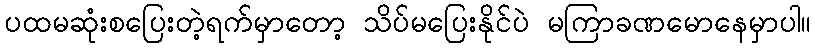
ပထမဆုံးစပြေးတဲ့ရက်မှာတော့ သိပ်မပြေးနိုင်ပဲ မကြာခဏမောနေမှာပါ။